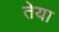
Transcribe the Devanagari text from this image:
तेया